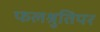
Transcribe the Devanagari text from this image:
फलश्रुतिपर